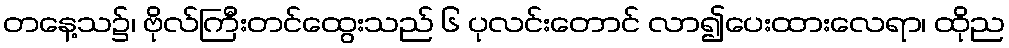
တနေ့သ၌၊ ဗိုလ်ကြီးတင်ထွေးသည် ၆ ပုလင်းတောင် လာ၍ပေးထားလေရာ၊ ထိုည